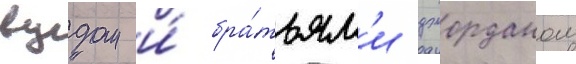
вудом и́ бра́тьям'и джорданом